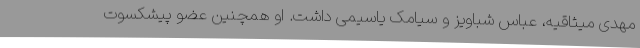
مهدی میثاقیه، عباس شباویز و سیامک یاسیمی داشت. او همچنین عضو پیشکسوت